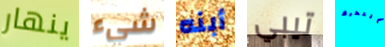
ينهار شيء أبنه تيبي بالتحرك